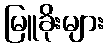
မြူခိုးများ